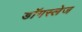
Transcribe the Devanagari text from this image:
डॉगस्लेज